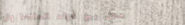
محل بيع أدوات المائدة وال